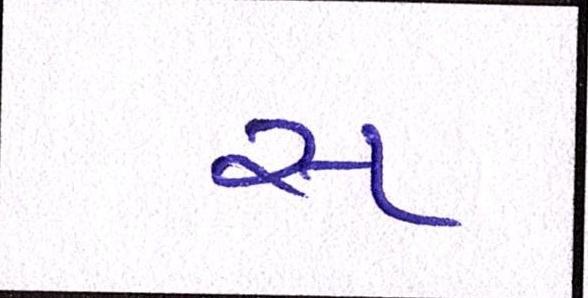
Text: સ